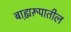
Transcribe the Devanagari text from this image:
बाह्य़रूपातील